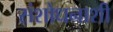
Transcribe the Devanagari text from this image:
संशोधनाशी